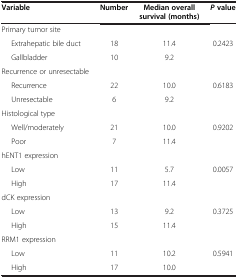
| Variable | Number | Median overall survival (months) | P value |
 | --- | --- | --- | --- |
 | Primary tumor site |  |  |  |
 | Extrahepatic bile duct | 18 | 11.4 | 0.2423 |
 | Gallbladder | 10 | 9.2 |  |
 | Recurrence or unresectable |  |  |  |
 | Recurrence | 22 | 10.0 | 0.6183 |
 | Unresectable | 6 | 9.2 |  |
 | Histological type |  |  |  |
 | Well/moderately | 21 | 10.0 | 0.9202 |
 | Poor | 7 | 11.4 |  |
 | hENT1 expression |  |  |  |
 | Low | 11 | 5.7 | 0.0057 |
 | High | 17 | 11.4 |  |
 | dCK expression |  |  |  |
 | Low | 13 | 9.2 | 0.3725 |
 | High | 15 | 11.4 |  |
 | RRM1 expression |  |  |  |
 | Low | 11 | 10.2 | 0.5941 |
 | High | 17 | 10.0 |  |